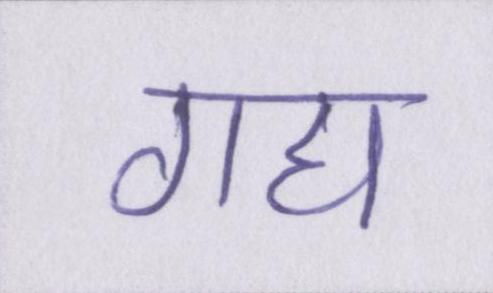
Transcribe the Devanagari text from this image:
गद्य